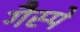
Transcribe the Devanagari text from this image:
गैस्पे